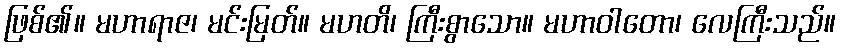
ဖြစ်၏။ မဟာရာဇ၊ မင်းမြတ်။ မဟတိ၊ ကြီးစွာသော။ မဟာဝါတော၊ လေကြီးသည်။